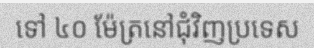
ទៅ ៤០ ម៉ែត្រនៅជុំវិញប្រទេស